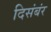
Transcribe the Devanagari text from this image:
दिसंबंर